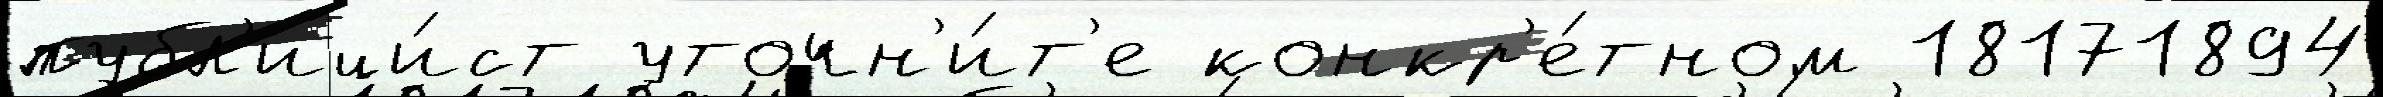
публ'ици́ст уточн'и́т'е конкр'е́тном 18171894